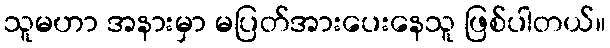
သူမဟာ အနားမှာ မပြတ်အားပေးနေသူ ဖြစ်ပါတယ်။